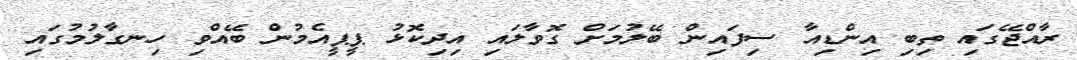
ރާއްޖޭގައި ތިބި އިންޑިއާ ސިފައިން ބޭލުމަށް ގޮވާލައި އިދިކޮޅު ޕީޕީއެމުން ބޭއްވި ހިނގާލުމުގައި